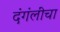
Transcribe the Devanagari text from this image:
दंगंलींचा